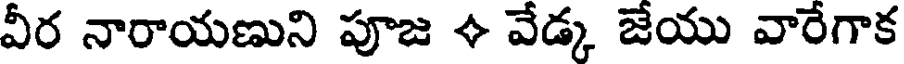
వీర నారాయణుని పూజ + వేడ్క జేయు వారేగాక